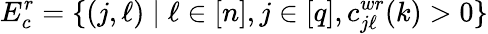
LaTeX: E_{c}^{r}=\{ (j,\ell)\mid\ell\in[n],j\in[q],c_{j\ell}^{wr}(k)>0\}